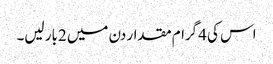
اس کی 4گرام مقدار دن میں 2بار لیں۔